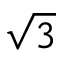
\sqrt { 3 }